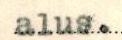
alus.